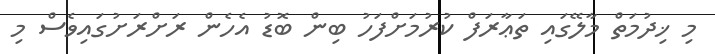
މި ޚިދުމަތް މާލޭގައި ތަޢާރަފް ކުރުމަށްފަހު ބިން ބޮޑު އެހެން ރަށްރަށުގައިވެސް މި